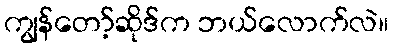
ကျွန်တော့်ဆိုဒ်က ဘယ်လောက်လဲ။